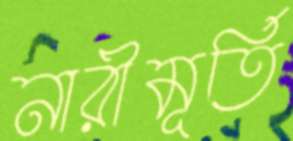
নারীমূর্তি